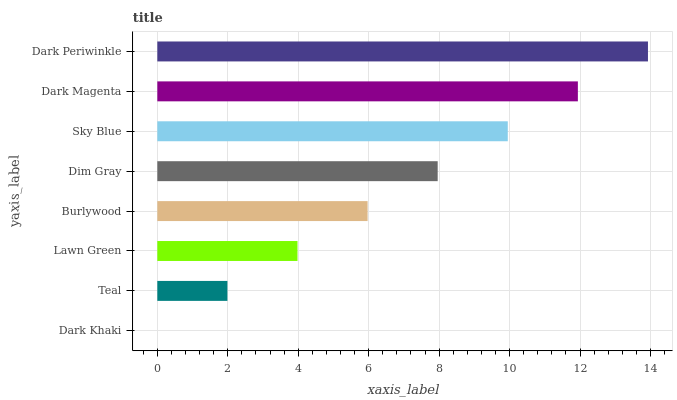
| yaxis_label | bars |
 | --- | --- |
 | Dark Khaki | 0 |
 | Teal | 1.99 |
 | Lawn Green | 3.98 |
 | Burlywood | 5.97 |
 | Dim Gray | 7.96 |
 | Sky Blue | 9.95 |
 | Dark Magenta | 11.9 |
 | Dark Periwinkle | 13.9 |